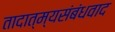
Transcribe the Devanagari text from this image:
तादात्म्यसंबंधवाद